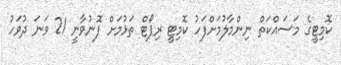
ކޮމިޓީގެ މަސައްކަތް ނިންމާލުމަށްފަހު ކޮމިޓީ ރިޕޯޓް ތަޅުމަށް ފޮނުވާނީ 21 ވަނަ ދުވަހު